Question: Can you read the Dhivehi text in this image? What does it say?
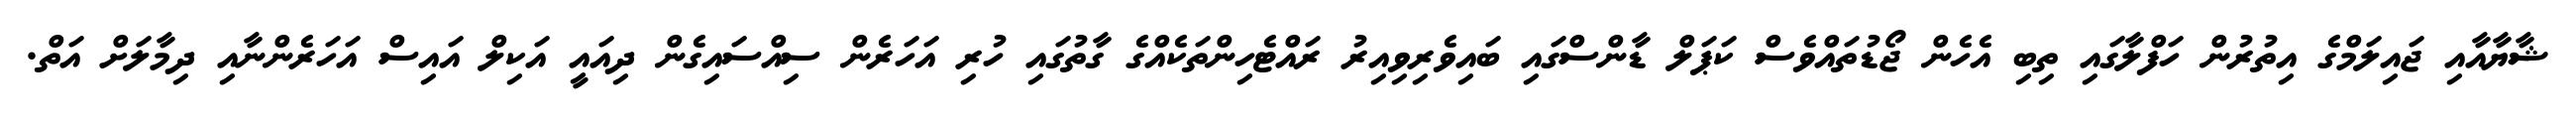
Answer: ޝާޔާއާއި ޖައިލަމްގެ އިތުރުން ހަފްލާގައި ތިބި އެހެން ޖޯޑުތައްވެސް ކަޕަލް ޑާންސްގައި ބައިވެރިވިއިރު ރައްޓެހިންތަކެއްގެ ގާތުގައި ހުރި އަހަރެން ސިއްސައިގެން ދިއައީ އަކިލް އައިސް އަހަރެންނާއި ދިމާލަށް އަތް.